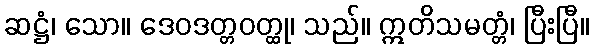
ဆဋ္ဌံ၊ သော။ ဒေဝဒတ္တဝတ္ထု၊ သည်။ ဣတိသမတ္တံ၊ ပြီးပြီ။